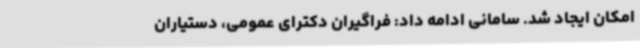
امکان ایجاد شد. سامانی ادامه داد: فراگیران دکترای عمومی، دستیاران